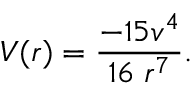
V ( r ) = \frac { - 1 5 v ^ { 4 } } { 1 6 \; r ^ { 7 } } .